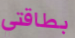
بطاقتي